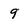
Character: 9